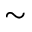
\sim